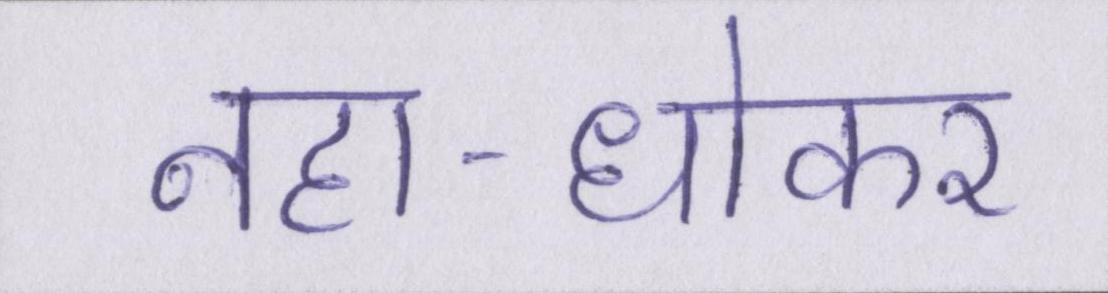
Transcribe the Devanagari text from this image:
नहा-धोकर